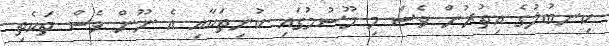
ކިނބުލުގެ އިތުރުން ވެސް މި މޫސުމުގައި ކުނިތަކާއި އެ ނޫން ވެސް ތަކެތި